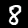
Digit: 8